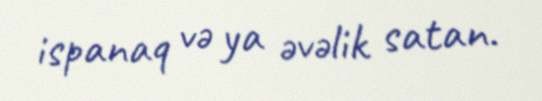
ispanaq və ya əvəlik satan.